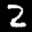
Label: 2